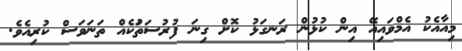
މިއާއެކު އެމްވައިއޭ އިން ކުޅުން ރަނގަޅު ކޮށް ގިނަ ފުރުސަތުަކެއް ތަނަވަސް ކުރިއެވެ.